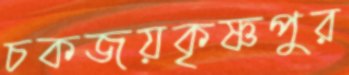
চকজয়কৃষ্ণপুর